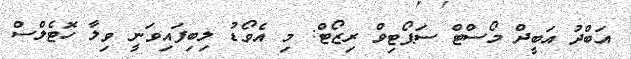
އަބްދު އަބީދް މޯސްޓް ސަޕޯޓިވް ރިޒޯޓް: މި އެވޯޑު ލިބިފައިވަނީ ވިލާ ހޮޓެލްސް